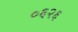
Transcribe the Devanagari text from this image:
०६२६